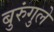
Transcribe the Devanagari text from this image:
बुरुंगुले